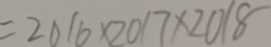
= 2 0 1 6 \times 2 0 1 7 \times 2 0 1 8